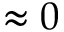
\approx 0